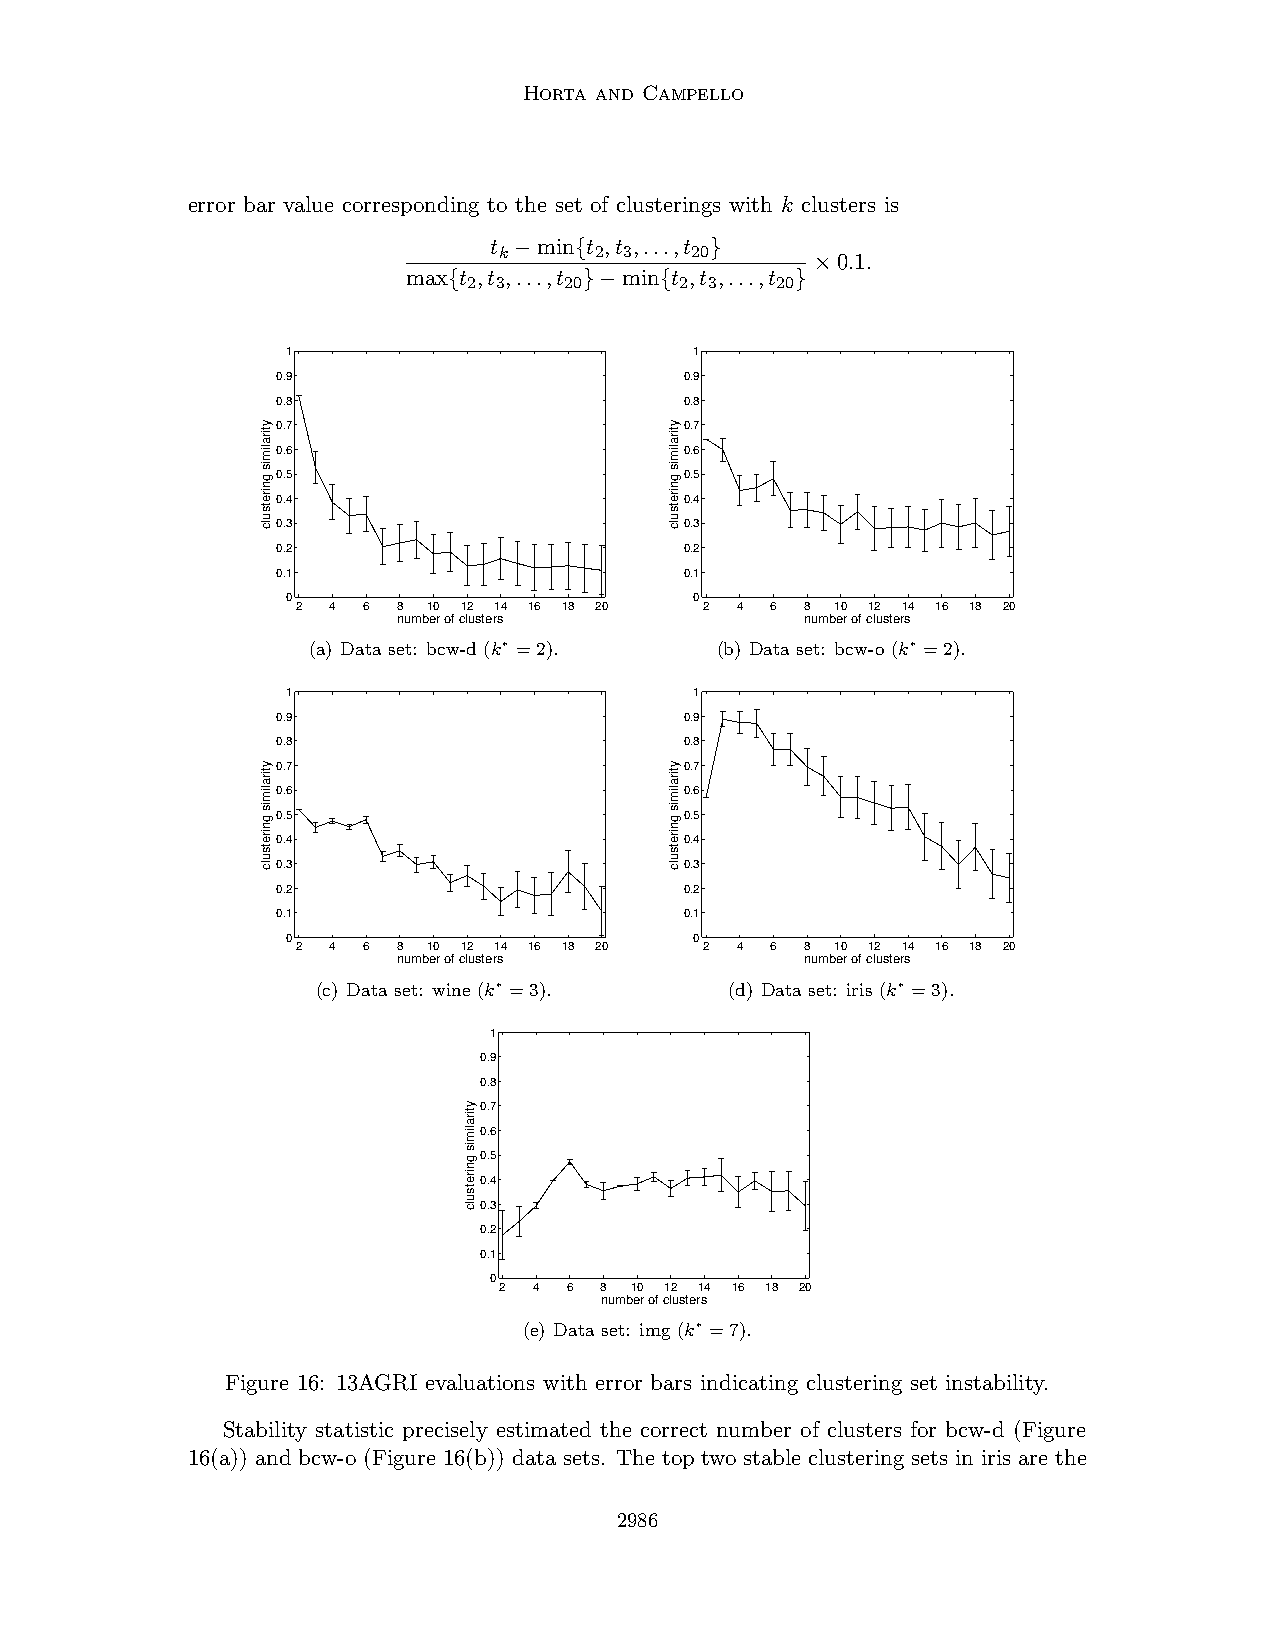
Horta and Campello
 error bar value corresponding to the set of clusterings with k clusters is
 t −min{t ,t ,...,t }
 k     2 3    20
 ×0.1.
 max{t ,t ,...,t }−min{t ,t ,...,t }
 2 3   20      2 3   20
 1                          1
 0.9                        0.9
 0.8                        0.8
 0.7                        0.7
 0.6                        0.6
 0.5                        0.5
 0.4                        0.4
 0.3                        0.3
 0.2                        0.2
 0.1                        0.1
 0                          0
 2 4 6 8 10 12 14 16 18 20  2 4 6 8 10 12 14 16 18 20
 number of clusters         number of clusters
 (a) Data set: bcw-d (k∗ =2). (b) Data set: bcw-o (k∗ =2).
 1                          1
 0.9                        0.9
 0.8                        0.8
 0.7                        0.7
 0.6                        0.6
 0.5                        0.5
 0.4                        0.4
 0.3                        0.3
 0.2                        0.2
 0.1                        0.1
 0                          0
 2 4 6 8 10 12 14 16 18 20  2 4 6 8 10 12 14 16 18 20
 number of clusters         number of clusters
 (c) Data set: wine (k∗ =3). (d) Data set: iris (k∗ =3).
 1
 0.9
 0.8
 0.7
 0.6
 0.5
 0.4
 0.3
 0.2
 0.1
 0
 2 4  6 8 10 12 14 16 18 20
 number of clusters
 (e) Data set: img (k∗ =7).
 Figure 16: 13AGRI evaluations with error bars indicating clustering set instability.
 Stability statistic precisely estimated the correct number of clusters for bcw-d (Figure
 16(a)) and bcw-o (Figure 16(b)) data sets. The top two stable clustering sets in iris are the
 2986
 ytiralimis
 gniretsulc
 ytiralimis
 gniretsulc
 ytiralimis
 gniretsulc
 ytiralimis
 gniretsulc
 ytiralimis
 gniretsulc